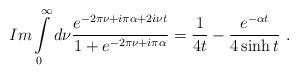
LaTeX: \begin{align*}Im\int\limits_{0}^{\infty }d\nu \frac{e^{-2\pi \nu +i\pi \alpha +2i\nu t}}{1+e^{-2\pi \nu +i\pi \alpha }}=\frac{1}{4t}-\frac{e^{-\alpha t}}{4\sinh t}\ .\end{align*}